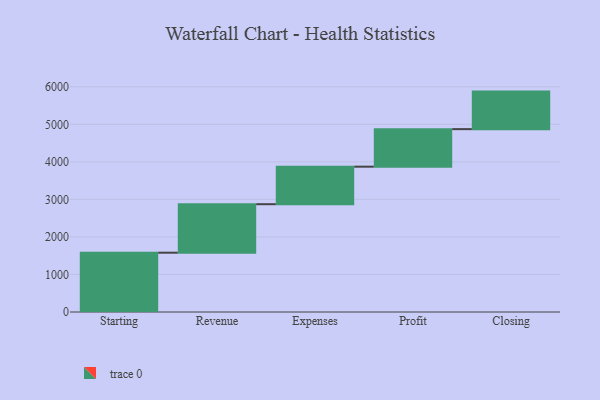
{"axis": {"x": "Step", "y": "Value"}, "legend": [""], "data": [{"x": "Starting", "y": 1580.0, "type": ""}, {"x": "Revenue", "y": 1292.0, "type": ""}, {"x": "Expenses", "y": 1000, "type": ""}, {"x": "Profit", "y": 1000, "type": ""}, {"x": "Closing", "y": 1000, "type": ""}]}